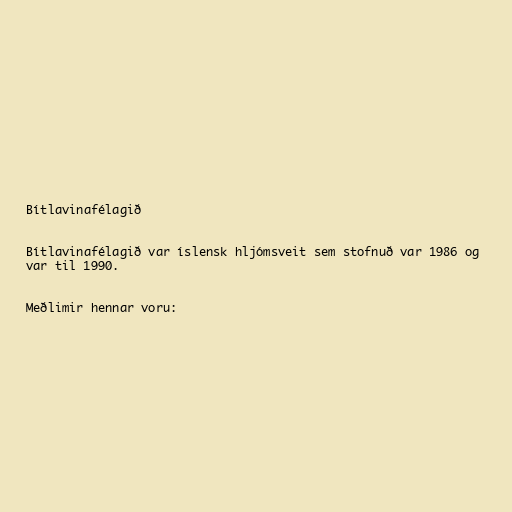
Bítlavinafélagið

Bítlavinafélagið var íslensk hljómsveit sem stofnuð var 1986 og
var til 1990.

Meðlimir hennar voru: